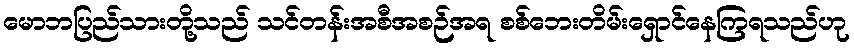
မောဘပြည်သားတို့သည် သင်တန်းအစီအစဉ်အရ စစ်ဘေးတိမ်းရှောင်နေကြရသည်ဟု